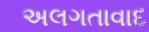
અલગતાવાદ